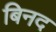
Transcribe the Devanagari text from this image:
बिनद